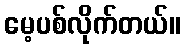
မေ့ပစ်လိုက်တယ်။